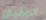
الهذيان